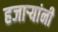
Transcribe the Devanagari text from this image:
हजार्‍यांनी